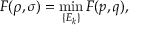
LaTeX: F ( \rho , \sigma ) = \operatorname* { m i n } _ { \{ E _ { k } \} } F ( { \boldsymbol { p } } , { \boldsymbol { q } } ) ,